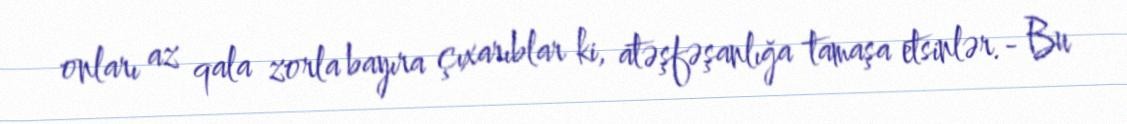
onları az qala zorla bayıra çıxarıblar ki, atəşfəşanlığa tamaşa etsinlər.- Bu